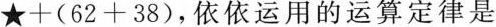
$$\star +( 62 + 38 )$$，依依运用的运算定律是